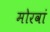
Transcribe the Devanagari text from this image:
मोरवां